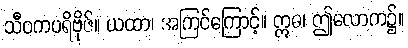
သီဝကပရိဗိုဇ်။ ယထာ၊ အကြင်ကြောင့်။ ဣဓ၊ ဤလောက၌။